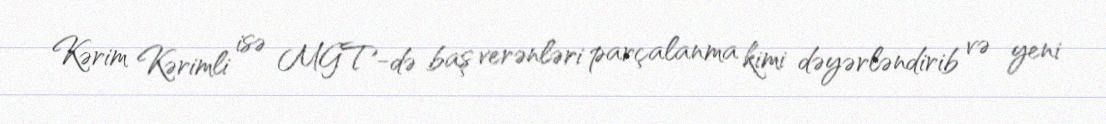
Kərim Kərimli isə MGT-də baş verənləri parçalanma kimi dəyərləndirib və yeni